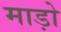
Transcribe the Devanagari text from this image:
माड़ो